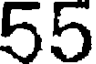
55